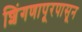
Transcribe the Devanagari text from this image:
शिंगणापूरपासून